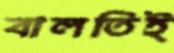
বালতিই